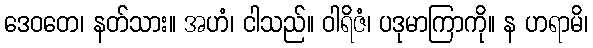
ဒေဝတေ၊ နတ်သား။ အဟံ၊ ငါသည်။ ဝါရိဇံ၊ ပဒုမာကြာကို။ န ဟရာမိ၊